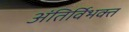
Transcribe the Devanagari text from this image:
अंतिर्विभक्त